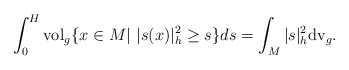
\begin{align*} \int_0^H {\rm vol}_g \{x\in M|~|s(x)|_{h}^2\geq s\}ds=\int_M |s|^2_{h}{\rm dv}_g. \end{align*}